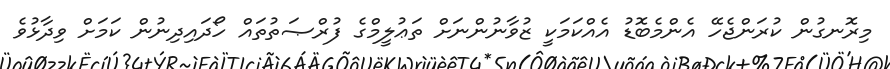
މިރޮނގުން ކުރަންޖެހޭ އެންމެބޮޑު އެއްކަމަކީ ޒުވާނުންނަށް ތަޢުލީމްގެ ފުރްޞަތުތައް ހޯދައިދިނުން ކަމަށް ވިދާޅުވެ